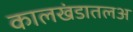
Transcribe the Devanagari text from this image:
कालखंडातलअ